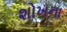
શોખના